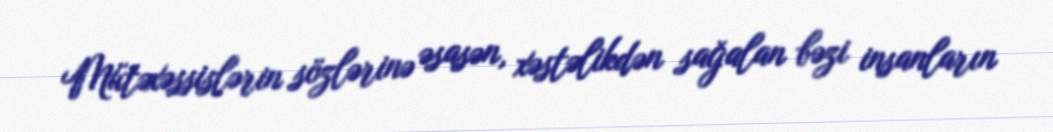
Mütəxəssislərin sözlərinə əsasən, xəstəlikdən sağalan bəzi insanların